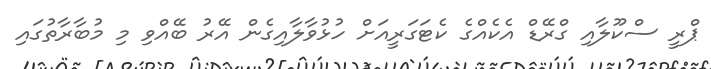
ޕްރީ ސްކޫލާއި ގްރޭޑް އެކެއްގެ ކެޓަގަރީއަށް ހުޅުވާލާއިގެން އޭރު ބޭއްވި މި މުބާރާތުގައި